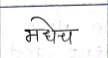
मजकूर: मधेचं